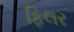
ફિલર